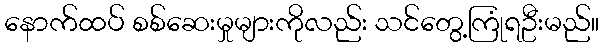
နောက်ထပ် စစ်ဆေးမှုများကိုလည်း သင်တွေ့ကြုံရဦးမည်။